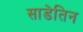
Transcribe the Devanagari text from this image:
साडेतिन